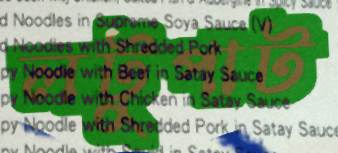
লটুপাট